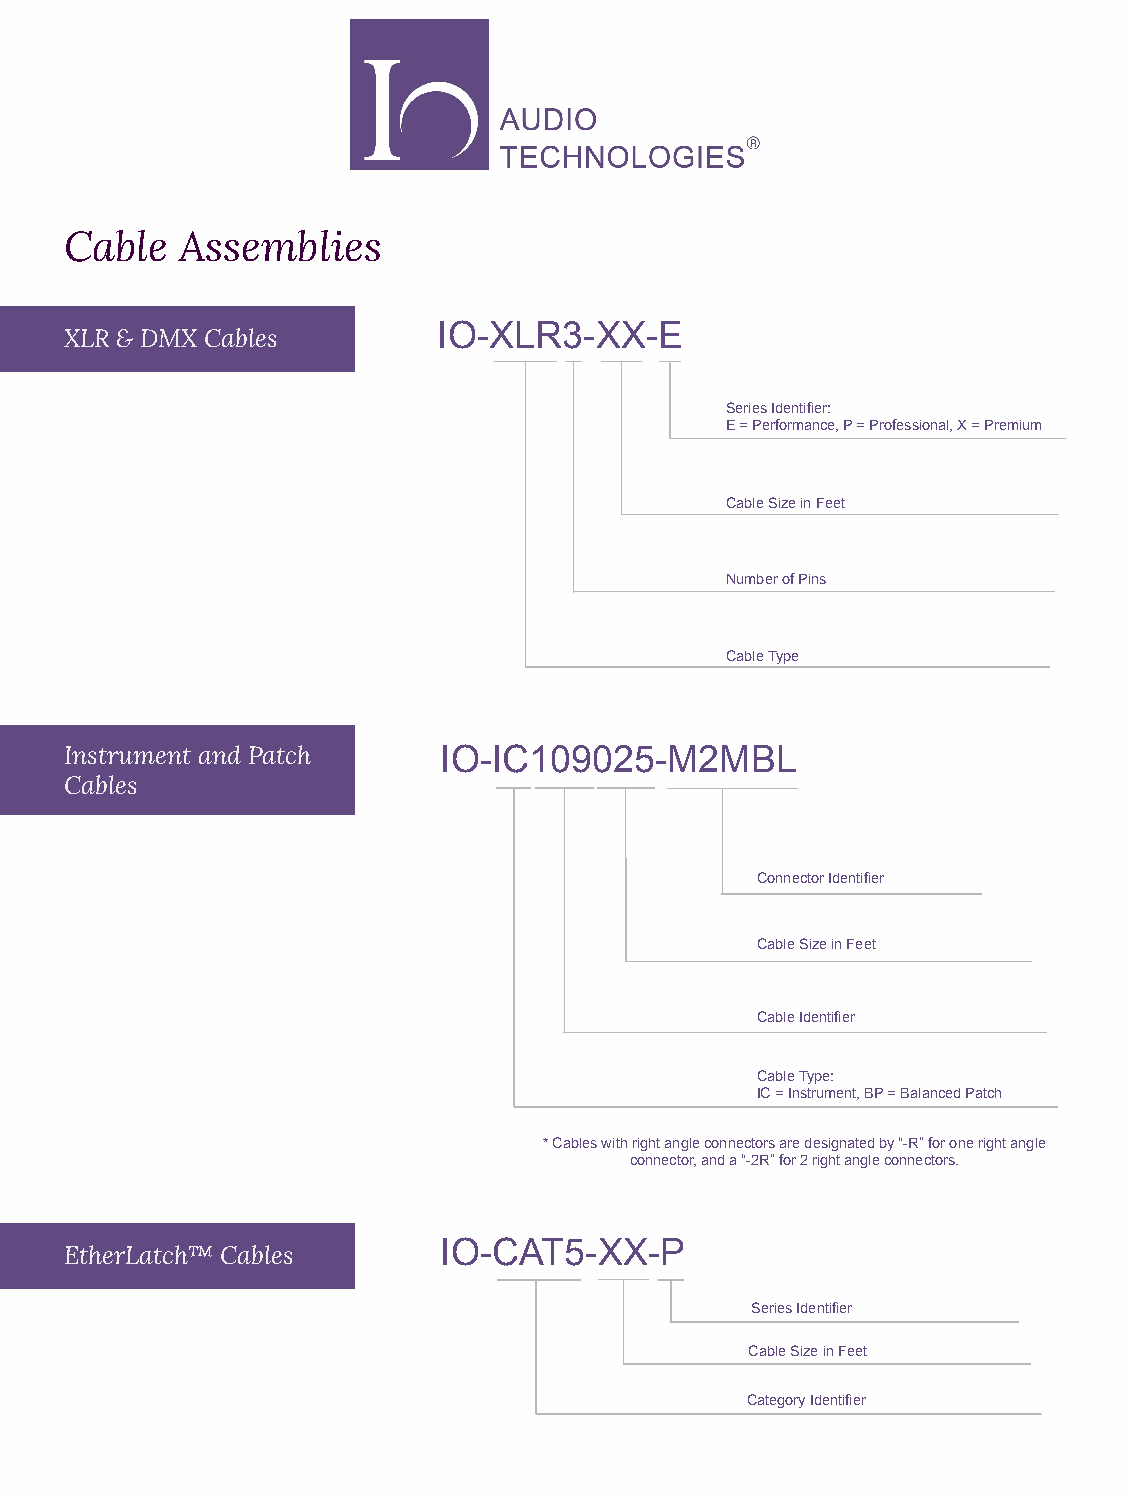
Cable   Assemblies
 IO-XLR3-XX-E
 XLR & DMX Cables
 Series Identifier:
 E = Performance, P = Professional, X = Premium
 Cable Size in Feet
 Number of Pins
 Cable Type
 Instrument and Patch     IO-IC109025-M2MBL
 Cables
 Connector Identifier
 Cable Size in Feet
 Cable Identifier
 Cable Type:
 IC = Instrument, BP = Balanced Patch
 * Cables with right angle connectors are designated by “-R” for one right angle
 connector, and a “-2R” for 2 right angle connectors.
 IO-CAT5-XX-P
 EtherLatch™ Cables
 Series Identifier
 Cable Size in Feet
 Category Identifier